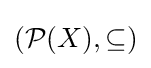
({\mathcal {P}}(X),\subseteq )